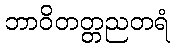
ဘာဝိတတ္တညတရံ